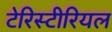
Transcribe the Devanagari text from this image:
टेरिस्टीरियल